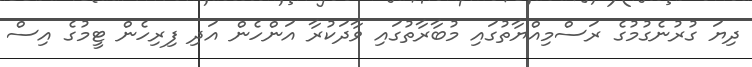
ދިޔަ ގުރުނެގުމުގެ ރަސްމިއްޔާތުގައި މުބާރާތުގައި ވާދަކުރާ އަންހެން އަދި ފިރިހެން ޓީމުގެ އިސް